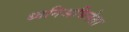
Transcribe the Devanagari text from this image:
ध्वनिअभिनेता